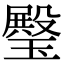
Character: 𤩱